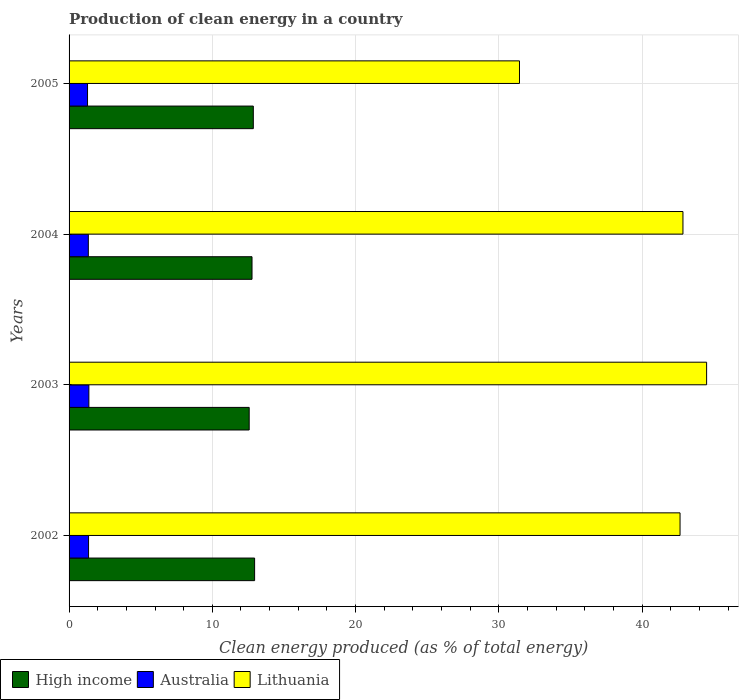
| Years | High income | Australia | Lithuania |
 | --- | --- | --- | --- |
 | 2002 | 13 | 1.36 | 42.7 |
 | 2003 | 12.6 | 1.38 | 44.5 |
 | 2004 | 12.8 | 1.34 | 42.9 |
 | 2005 | 12.9 | 1.29 | 31.4 |